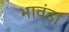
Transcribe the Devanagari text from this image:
भावंडा